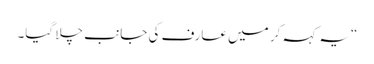
“یہ کہہ کر میں عارف کی جانب چلا گیا۔